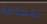
طعاما